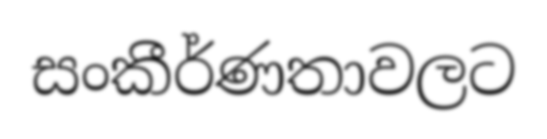
සංකීර්ණතාවලට